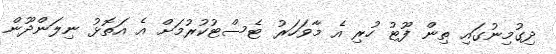
ދިގުމިނުގައި ތިން ފޫޓު ހުރި އެ މާވަހަރު ޓެސްޓުކުރުމަށް އެ އަތޮޅު ނިލަންދޫން